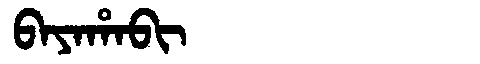
Manchu: ᠪᠠᠶᠠᡥᠠᠪᡳ
Romanization: BAYAHABI